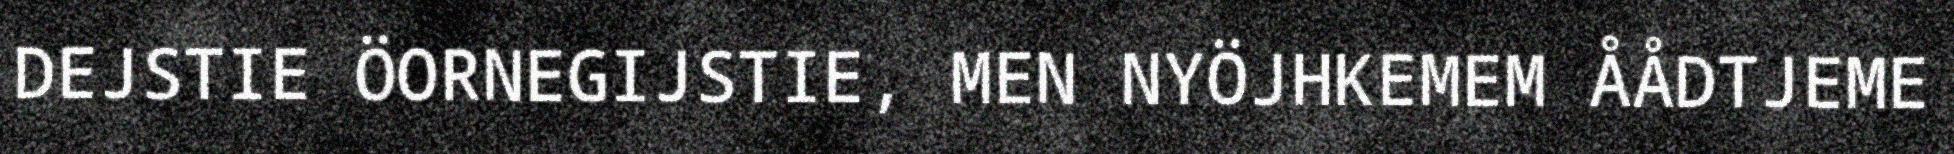
DEJSTIE ÖORNEGIJSTIE, MEN NYÖJHKEMEM ÅÅDTJEME